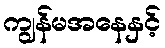
ကျွန်မအနေနှင့်